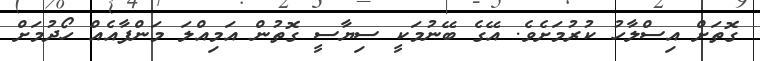
ގޮތަށް އިސްލާހު ކުރުމަށެވެ. އޭގެ ބޭނުމަކީ ސިޔާސީ ގޮތުން އަމިއްލަ މަންފާއެއް ހޯދުމަށް